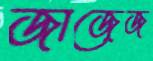
জাজেজ